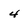
Character: 4